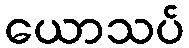
ယောသပ်